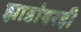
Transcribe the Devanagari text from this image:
झाडांवरही